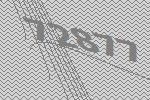
72877